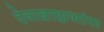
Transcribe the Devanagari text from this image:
देवाब्राह्मणांना